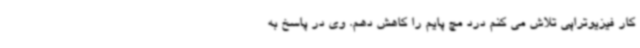
کار فیزیوتراپی تلاش می کنم درد مچ پایم را کاهش دهم. وی در پاسخ به